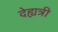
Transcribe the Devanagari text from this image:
देह्यत्री